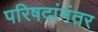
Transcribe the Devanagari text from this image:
परिषदांनंतर